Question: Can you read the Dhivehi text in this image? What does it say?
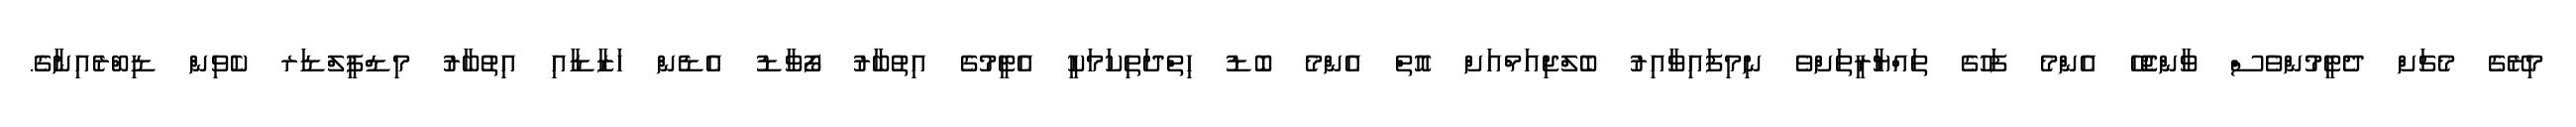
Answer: މިރޭގެ މެޗަށް ދެޓީމުންވެސް ވާންޖެހޭ އެންމެ ފަހުގެ ތައްޔާރީތަށްވެ ނިމިފައިވާއިރު ބެލްޖިއަމްއަށް އޮތް އެންމެ ބޮޑު ހިތްދަތިކަމަކީ އެޓީމުގެ އިތުބާރު ފޯވާޑު އެޑެން ހަޒާޑާއި އިތުބާރު މިޑްފީލްޑަރ ކެވިން ޑިބްރެއިނާގެ.